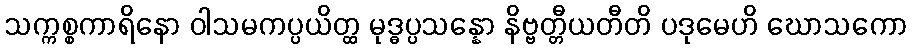
သက္ကစ္စကာရိနော ဝါသမကပ္ပယိတ္ထ မုဒ္ဓပ္ပသန္နော နိဗ္ဗတ္တီယတီတိ ပဒုမေဟိ ဃောသကော